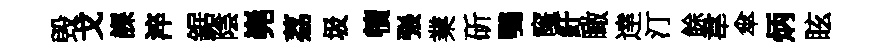
毁戈課淬鋸陰嶤荔圾犢張業斫鶚窿紆瞰逹汀餘韋傘炳眩